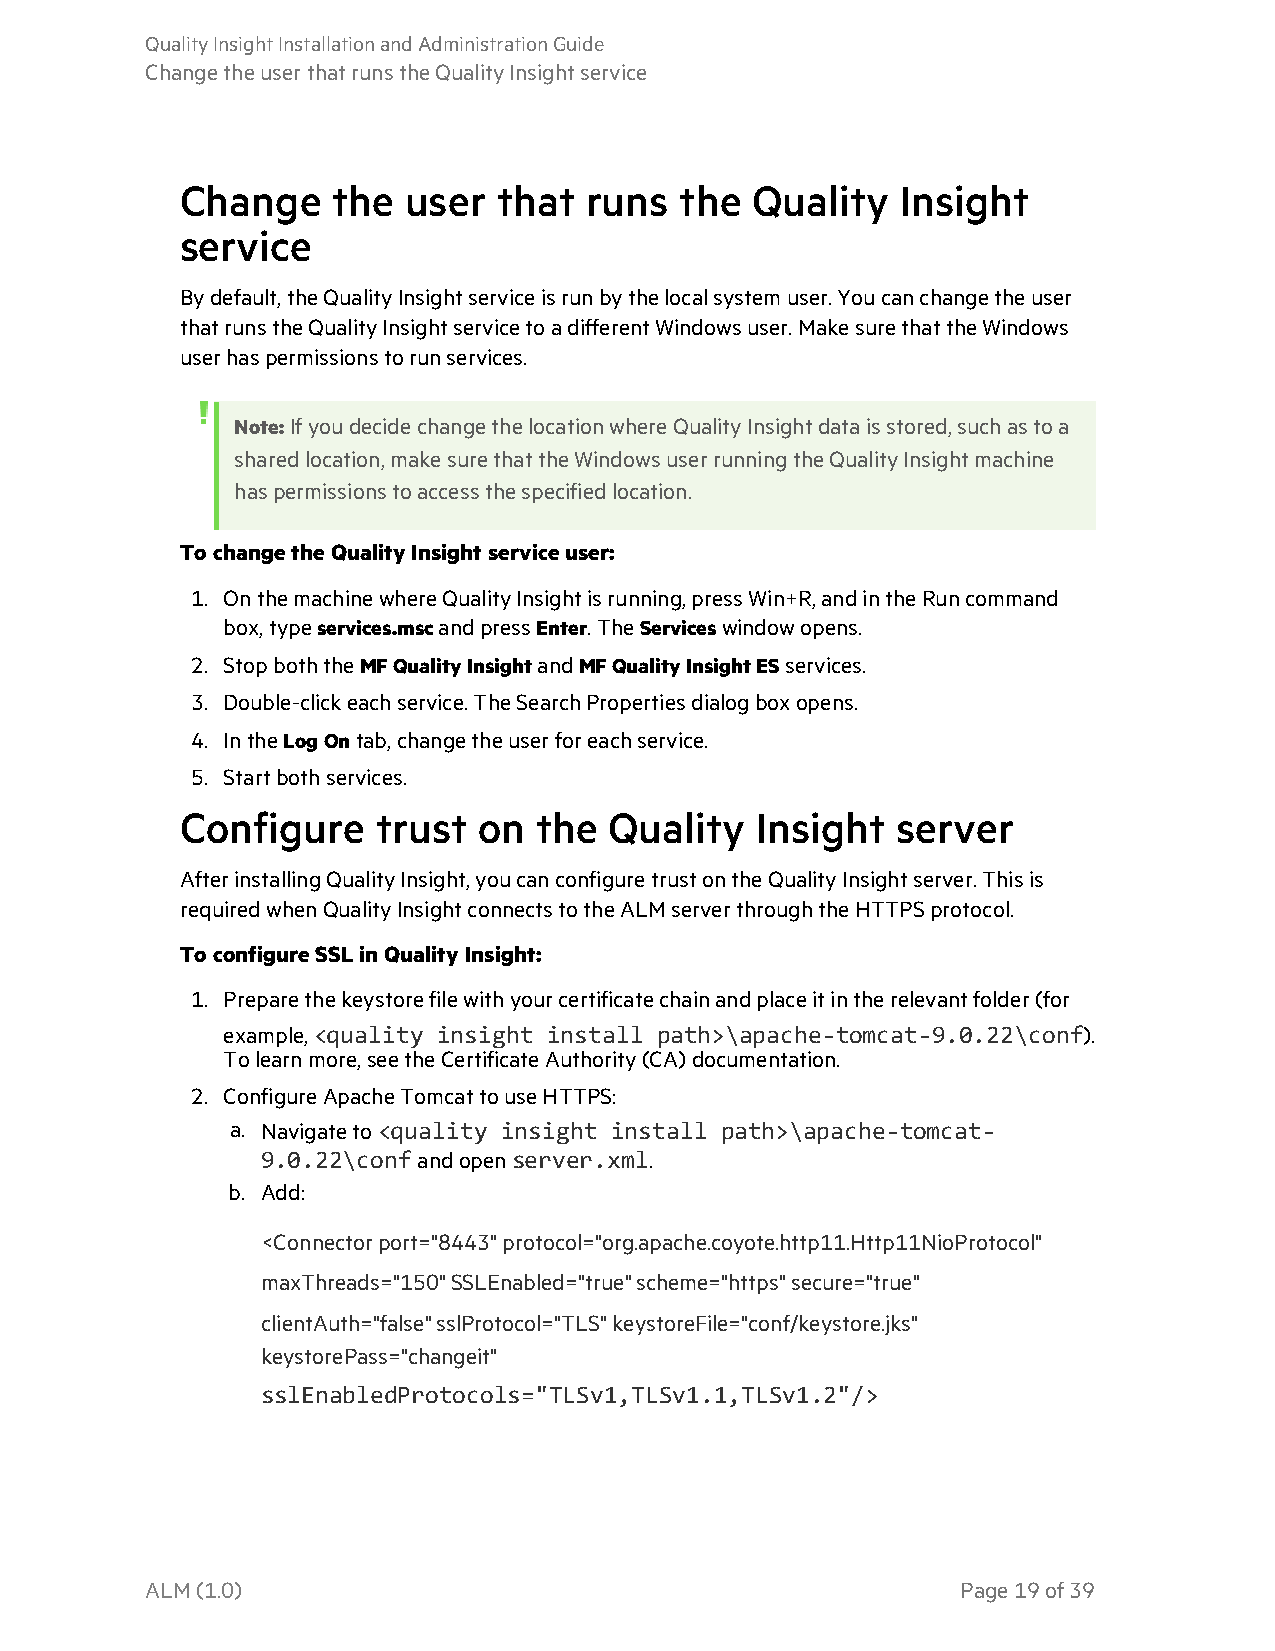
QualityInsightInstallationandAdministrationGuide
 ChangetheuserthatrunstheQualityInsightservice
 Change    the  user  that  runs  the  Quality   Insight
 service
 Bydefault,theQualityInsightserviceisrunbythelocalsystemuser.Youcanchangetheuser
 thatrunstheQualityInsightservicetoadifferentWindowsuser.MakesurethattheWindows
 userhaspermissionstorunservices.
 Note:IfyoudecidechangethelocationwhereQualityInsightdataisstored,suchastoa
 sharedlocation,makesurethattheWindowsuserrunningtheQualityInsightmachine
 haspermissionstoaccessthespecifiedlocation.
 TochangetheQualityInsightserviceuser:
 1. OnthemachinewhereQualityInsightisrunning,pressWin+R,andintheRuncommand
 box,typeservices.mscandpressEnter.TheServiceswindowopens.
 2. StopboththeMFQualityInsightandMFQualityInsightESservices.
 3. Double-clickeachservice.TheSearchPropertiesdialogboxopens.
 4. IntheLogOntab,changetheuserforeachservice.
 5. Startbothservices.
 Configure    trust  on the  Quality   Insight  server
 AfterinstallingQualityInsight,youcanconfiguretrustontheQualityInsightserver.Thisis
 requiredwhenQualityInsightconnectstotheALM serverthroughtheHTTPSprotocol.
 ToconfigureSSLinQualityInsight:
 1. Preparethekeystorefilewithyourcertificatechainandplaceitintherelevantfolder(for
 example,<quality insight install path>\apache-tomcat-9.0.22\conf).
 Tolearnmore,seetheCertificateAuthority(CA)documentation.
 2. ConfigureApacheTomcattouseHTTPS:
 a. Navigateto<quality insight install path>\apache-tomcat-
 9.0.22\confandopenserver.xml.
 b. Add:
 <Connectorport="8443"protocol="org.apache.coyote.http11.Http11NioProtocol"
 maxThreads="150"SSLEnabled="true"scheme="https"secure="true"
 clientAuth="false"sslProtocol="TLS"keystoreFile="conf/keystore.jks"
 keystorePass="changeit"
 sslEnabledProtocols="TLSv1,TLSv1.1,TLSv1.2"/>
 ALM(1.0)                                              Page19of39